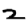
Digit: 2